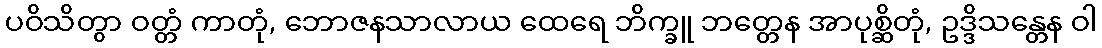
ပဝိသိတွာ ဝတ္တံ ကာတုံ, ဘောဇနသာလာယ ထေရေ ဘိက္ခူ ဘတ္တေန အာပုစ္ဆိတုံ, ဥဒ္ဒိသန္တေန ဝါ